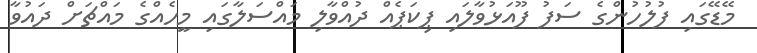
މޭޑޭގައި ފުލުހުންގެ ސަފު ފޫއަޅުވާލައި ޕިކަޕެއް ދުއްވާލި މައްސަލާގައި މީހެއްގެ މައްޗަށް ދައުވާ